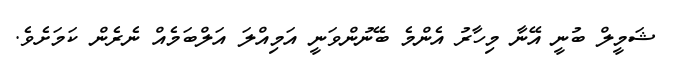
ޝަމީލް ބުނީ އޭނާ މިހާރު އެންމެ ބޭނުންވަނީ އަމިއްލަ އަލްބަމެއް ނެރެން ކަމަށެވެ.